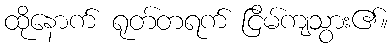
ထိုနောက် ရုတ်တရက် ငြိမ်ကျသွား၏။